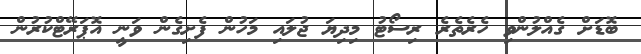
ބޮޑަށް ގެއްލުންވި ހެރެތެރެ ރިސޯޓު މިދިޔަ ޖުލައި މަހުން ފެށިގެން ވަނީ އޮޕަރޭޓްކުރުން